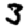
Digit: 3